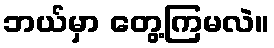
ဘယ်မှာ တွေ့ကြမလဲ။